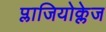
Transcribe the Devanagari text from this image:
प्लाजियोक्लेज